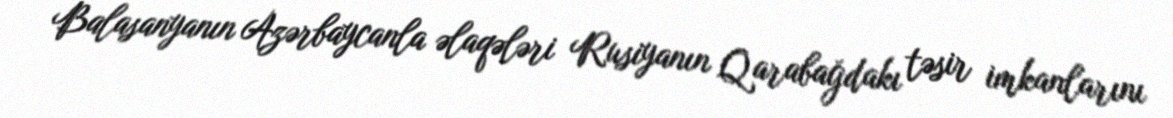
Balasanyanın Azərbaycanla əlaqələri Rusiyanın Qarabağdakı təsir imkanlarını